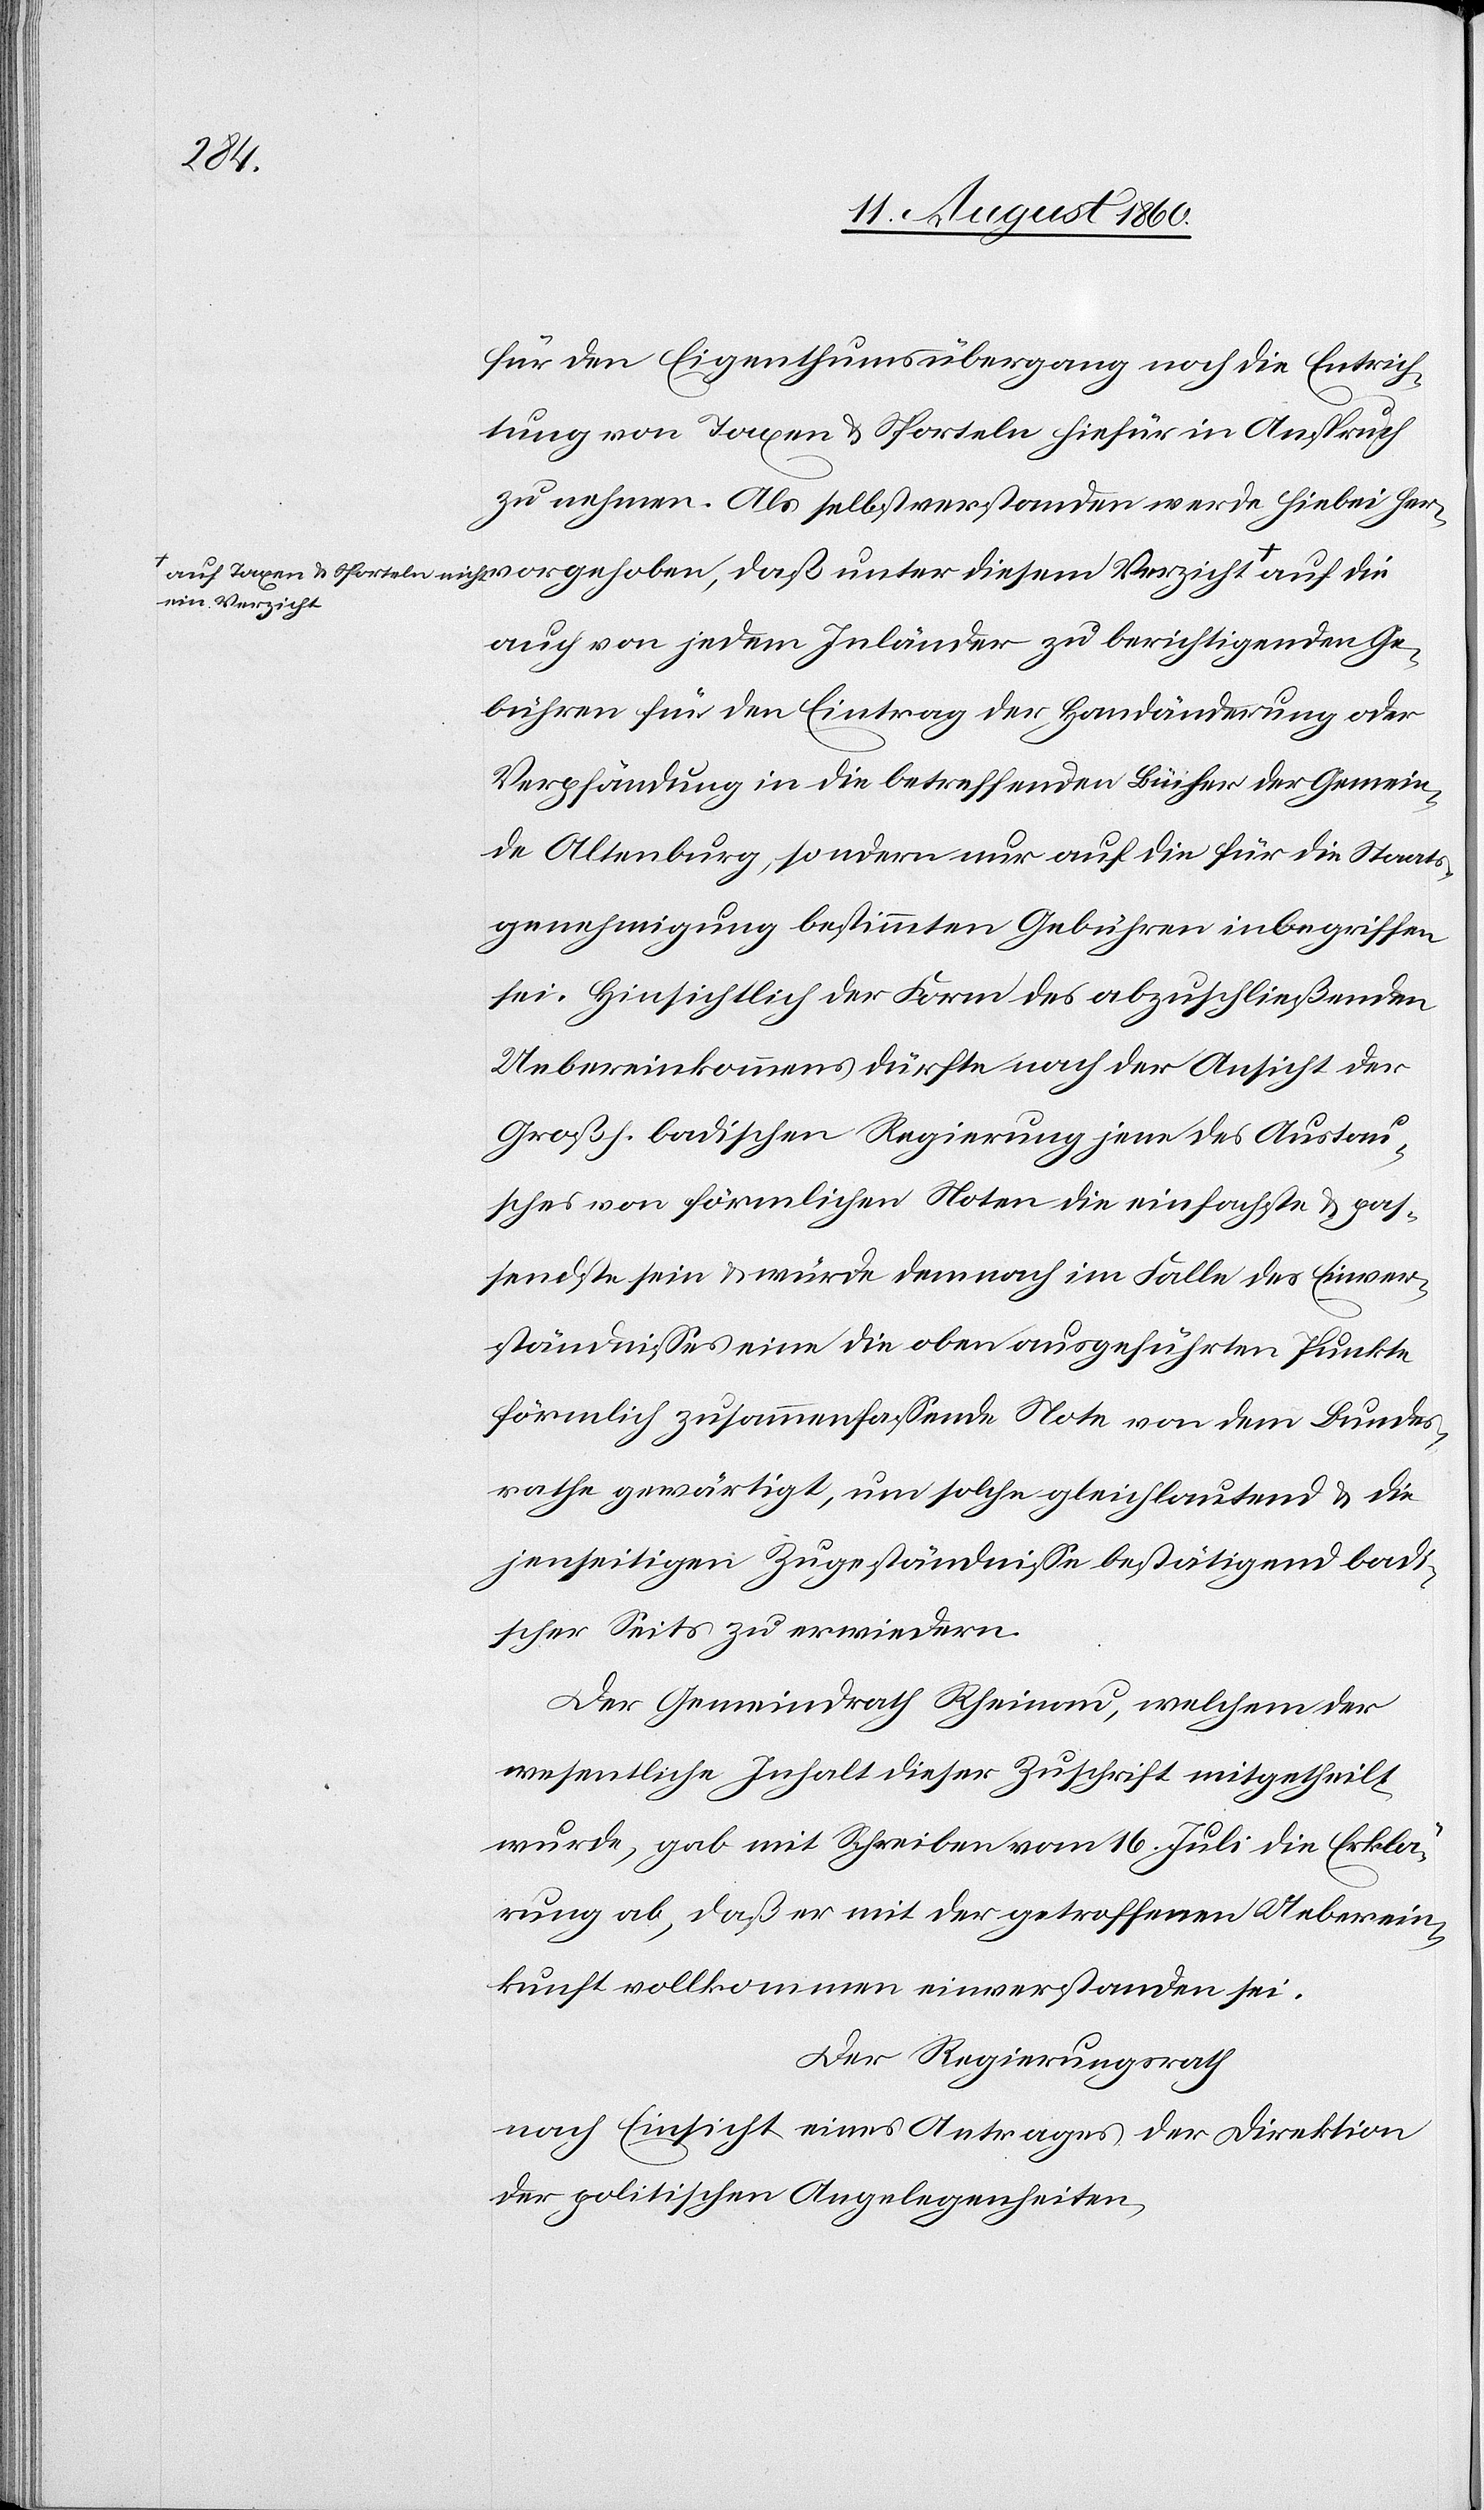
Austau¬
tung von Taxen und Sporteln hiefür in Anspruch
zu nehmen. Als selbst verstanden werde hiebei her¬
em Verzicht
auch von jedem Inländer zu berichtigenden Ge¬
bühren für den Eintrag der Handänderung oder
Verpfändung in die betreffenden Bücher der Gemein¬
de Altenburg, sondern nur auf die für die Staats¬
genehmigung bestimmten Gebühren inbegriffen
Hinsichtlich der Form des abzuschliessenden
Uebereinkommens dürfte nach der Ansicht der
sches von förmlichen Noten die einfachste und pas¬
sendste sein und würde demnach im Falle des Einver¬
ständnisses eine die oben ausgeführten Punkte
förmlich zusammenfassende Note von dem Bundes¬
rathe gewärtigt, um solche gleichlautend und die
jenseitigen Zugeständnisse bestätigend badi¬
scher Seits zu erwiedern.
Der Gemeindrath Rheinau, welchem der
wesentliche Inhalt dieser Zuschrift mitgetheilt
wurde, gab mit Schreiben vom 16. Juli die Erklä¬
rung ab, dass er mit der getroffenen Ueberein¬
kunft vollkommen einverstanden sei.
Der Regierungsrath,
nach Einsicht eines Antrages der Direktion